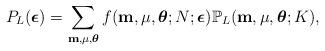
LaTeX: \begin{align*}P_L(\boldsymbol{\epsilon}) = \sum_{\mathbf{m}, \mu, \boldsymbol{\theta}} f(\mathbf{m},\mu,\boldsymbol{\theta};N;\boldsymbol{\epsilon}) \mathbb{P}_L(\mathbf{m},\mu,\boldsymbol{\theta};K),\end{align*}